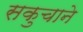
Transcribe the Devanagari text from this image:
सकुचाने